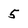
Character: 5